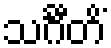
သင်္ဂီတိံ